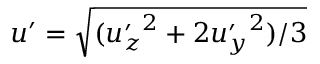
u ^ { \prime } = \sqrt { ( { u _ { z } ^ { \prime } } ^ { 2 } + 2 { u _ { y } ^ { \prime } } ^ { 2 } ) / 3 }